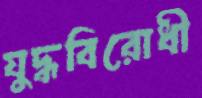
যুদ্ধবিরোধী